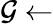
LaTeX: \mathcal{G}\leftarrow